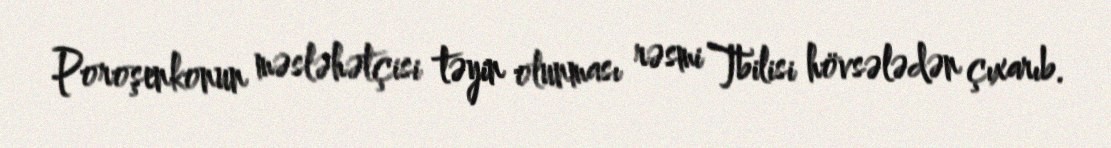
Poroşenkonun məsləhətçisi təyin olunması rəsmi Tbilisi hövsələdən çıxarıb.